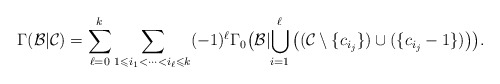
\begin{align*}\Gamma(\mathcal{B}\lvert\mathcal{C})=\sum_{\ell=0}^k\sum_{1\leqslant i_1<\cdots<i_\ell\leqslant k}(-1)^\ell\Gamma_0\big(\mathcal{B}\lvert\bigcup_{i=1}^\ell\big((\mathcal{C}\setminus\{c_{i_j}\})\cup(\{c_{i_j}-1\})\big)\big).\end{align*}